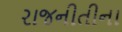
રાજનીતીના